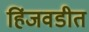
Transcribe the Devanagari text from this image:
हिंजवडीत